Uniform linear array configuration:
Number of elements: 12
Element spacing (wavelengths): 0.75
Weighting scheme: uniform
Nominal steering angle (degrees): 60
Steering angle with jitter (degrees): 60.441
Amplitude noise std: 0.05
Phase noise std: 0.05

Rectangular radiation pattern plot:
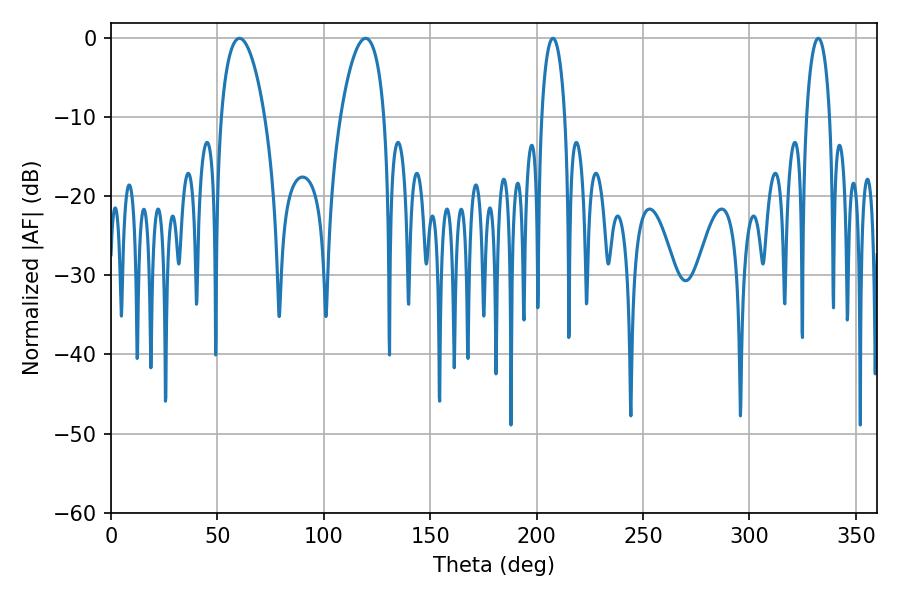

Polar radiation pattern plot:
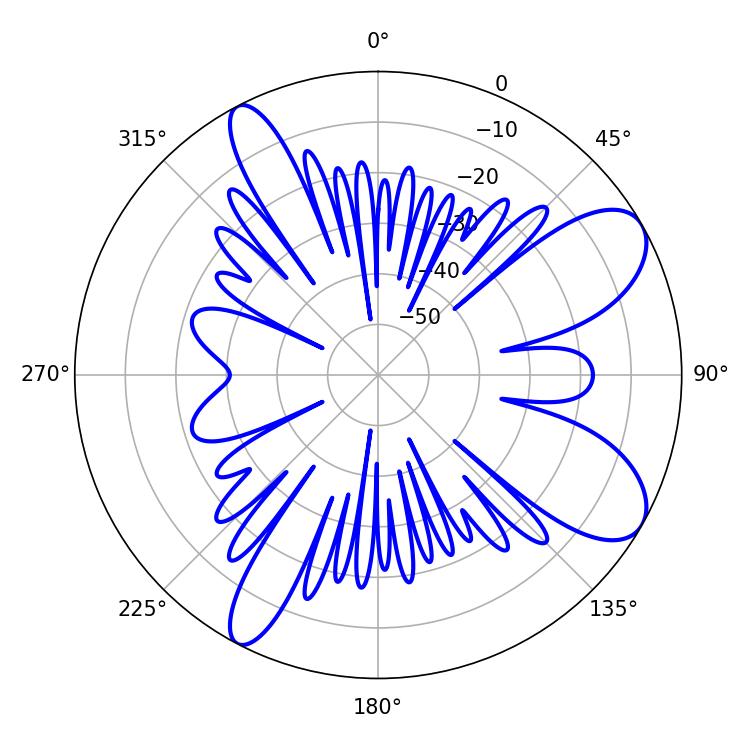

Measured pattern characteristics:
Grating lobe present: TRUE
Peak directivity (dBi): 8.789
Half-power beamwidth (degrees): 11.52
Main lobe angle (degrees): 60.3